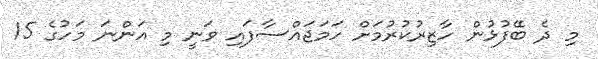
މި ދެ ބޭފުޅުން ހާޒިރުކުރުމަށް ހަމަޖައްސާފައި ވަނީ މި އަންނަ މަހުގެ 15